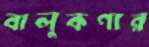
বালুকণার